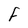
Character: F